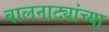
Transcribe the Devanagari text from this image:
बालनाट्यांच्या